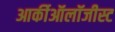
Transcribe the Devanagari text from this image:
आर्कीऑलॉजीस्ट